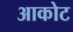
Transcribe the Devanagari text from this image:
आकोट